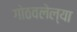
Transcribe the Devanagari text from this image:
गोठवलेल्या